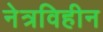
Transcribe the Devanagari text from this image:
नेत्रविहीन